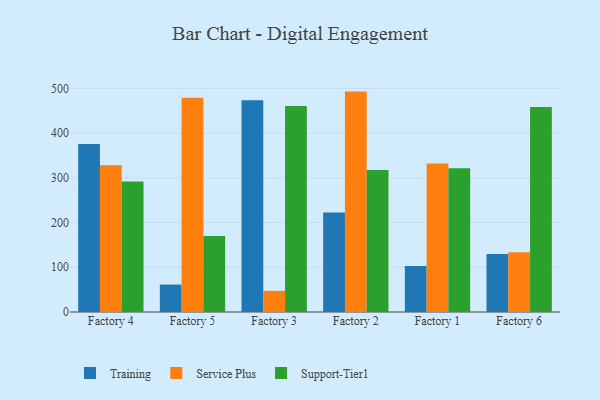
{"axis": {"x": "Factory", "y": "Population (Million)"}, "legend": ["Service Plus", "Support-Tier1", "Training"], "data": [{"x": "Factory 4", "y": 375.8, "type": "Training"}, {"x": "Factory 4", "y": 328.1, "type": "Service Plus"}, {"x": "Factory 4", "y": 291.9, "type": "Support-Tier1"}, {"x": "Factory 5", "y": 61.3, "type": "Training"}, {"x": "Factory 5", "y": 479.3, "type": "Service Plus"}, {"x": "Factory 5", "y": 169.9, "type": "Support-Tier1"}, {"x": "Factory 3", "y": 473.5, "type": "Training"}, {"x": "Factory 3", "y": 47.3, "type": "Service Plus"}, {"x": "Factory 3", "y": 460.8, "type": "Support-Tier1"}, {"x": "Factory 2", "y": 222.5, "type": "Training"}, {"x": "Factory 2", "y": 492.9, "type": "Service Plus"}, {"x": "Factory 2", "y": 317.7, "type": "Support-Tier1"}, {"x": "Factory 1", "y": 102.8, "type": "Training"}, {"x": "Factory 1", "y": 332.0, "type": "Service Plus"}, {"x": "Factory 1", "y": 321.7, "type": "Support-Tier1"}, {"x": "Factory 6", "y": 129.5, "type": "Training"}, {"x": "Factory 6", "y": 133.6, "type": "Service Plus"}, {"x": "Factory 6", "y": 458.7, "type": "Support-Tier1"}]}